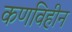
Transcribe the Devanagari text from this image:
कणविहीन